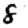
Digit: 8